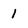
Character: 1